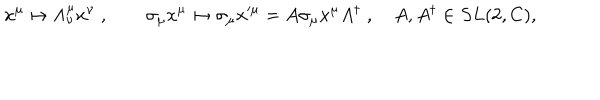
x ^ { \mu } \mapsto \Lambda _ { \nu } ^ { \mu } x ^ { \nu } \; , \qquad \sigma _ { \mu } x ^ { \mu } \mapsto \sigma _ { \mu } x ^ { \mu } = A \sigma _ { \mu } x ^ { \mu } A ^ { \dagger } \; , \quad A , A ^ { \dagger } \in S L ( 2 , C ) ,